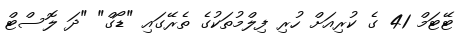
ޓޭޓަމް 41 ގެ ކުރިއަށް ހުރި ފިލްމުތަކުގެ ތެރޭގައި "ޑޯގް" "ދަ ލޮސްޓް